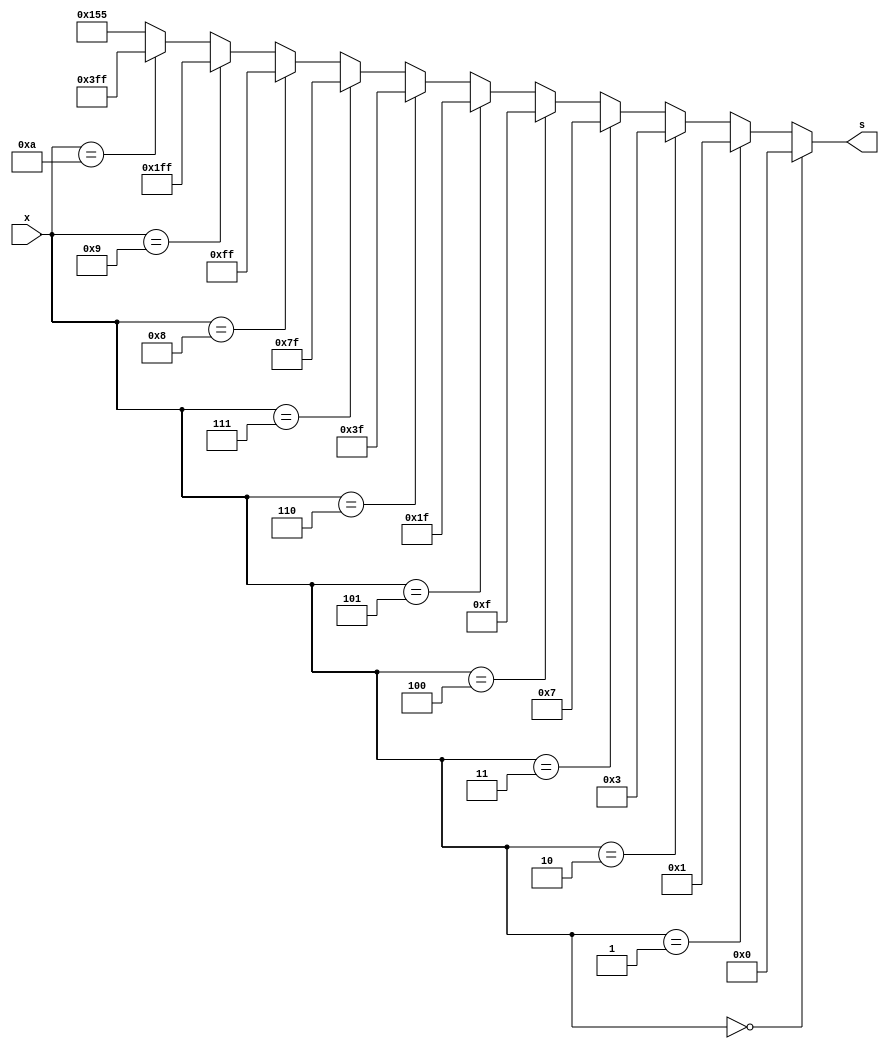
module bin_2_led (x,s);
    input  [3:0] x;
    output [9:0] s;
    
    assign s = (x == 4'd0 ) ? 10'b0000000000 :
               (x == 4'd1 ) ? 10'b0000000001 :
               (x == 4'd2 ) ? 10'b0000000011 :
               (x == 4'd3 ) ? 10'b0000000111 :
               (x == 4'd4 ) ? 10'b0000001111 :
               (x == 4'd5 ) ? 10'b0000011111 :
               (x == 4'd6 ) ? 10'b0000111111 :
               (x == 4'd7 ) ? 10'b0001111111 :
               (x == 4'd8 ) ? 10'b0011111111 :
               (x == 4'd9 ) ? 10'b0111111111 :
               (x == 4'd10) ? 10'b1111111111 : 10'b0101010101 ;
endmodule